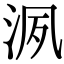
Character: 洬